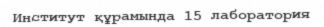
Институт құрамында 15 лаборатория